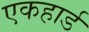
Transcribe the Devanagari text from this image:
एकहार्ड